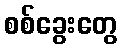
စစ်ခွေးတွေ